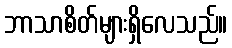
ဘာသာစိတ်များရှိလေသည်။